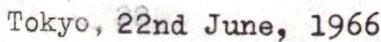
Tokyo, 22nd June, 1966